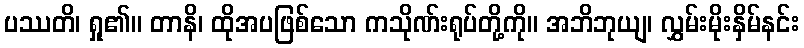
ပဿတိ၊ ရှု၏။ တာနိ၊ ထိုအပဖြစ်သော ကသိုဏ်းရုပ်တို့ကို။ အဘိဘုယျ၊ လွှမ်းမိုးနှိမ်နင်း